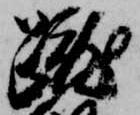
蹴